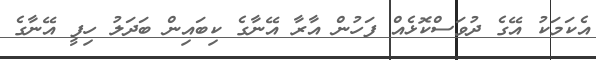
އެކަމަކު އޭގެ ދުވަސްކޮޅެއް ފަހުން އާރާ އޭނާގެ ކިބައިން ބަދަލު ހިފީ އޭނާގެ